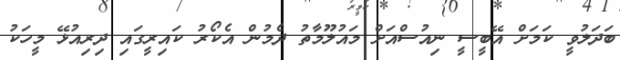
ބަދަލުވީ ކަމަށް އޭބީސީ ނިއުސްއަށް މައުލޫމާތު ދެމުން އެކޯރު ކައިރީގައި ދިރިއުޅޭ މީހަކު